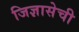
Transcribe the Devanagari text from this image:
जिज्ञासेची